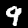
Digit: 9